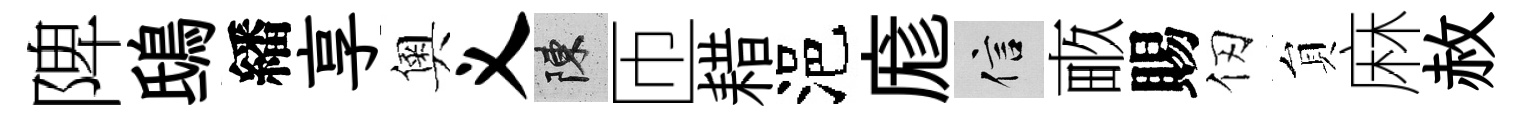
陴鴟繙享奧义陳匝耤浥庬信畞賜仞貟麻赦